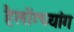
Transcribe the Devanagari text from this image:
हैलोंग्च्यांग